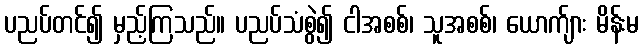
ပညပ်တင်၍ မှည့်ကြသည်။ ပညပ်သံစွဲ၍ ငါအစစ်၊ သူအစစ်၊ ယောက်ျား မိန်းမ